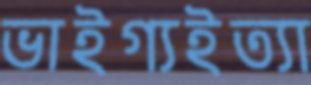
ভাইগ্যইত্যা